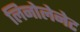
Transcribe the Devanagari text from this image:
लिनोलेनेट